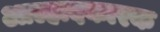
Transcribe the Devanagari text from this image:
आल्हादकारक